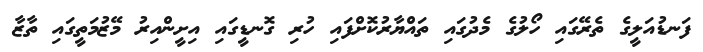
ފަނޑުއަލީގެ ތެރޭގައި ހޯލުގެ މެދުގައި ތައްޔާރުކޮށްފައި ހުރި ގޮނޑީގައި އިށީންއިރު މޭޒުމަތީގައި ތާޒާ